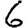
Digit: 6